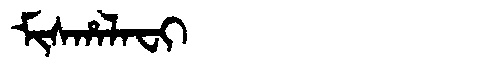
Manchu: ᠮᡳᠰᡥᠠᠯᠠᠸᡳ
Romanization: MISHALAFI